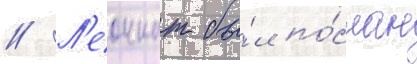
// Л'еоннат бы́л по́слан